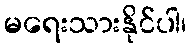
မရေးသားနိုင်ပါ၊